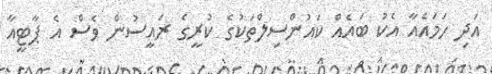
އަދި ހަމައެއާ އެކު ބައެއް ކައުންސިލްތަކުގެ ކުރީގެ ރައީސުން ވެސް އެ ޕާޓީއާ